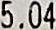
5.04